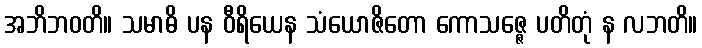
အဘိဘဝတိ။ သမာဓိ ပန ဝီရိယေန သံယောဇိတော ကောသဇ္ဇေ ပတိတုံ န လဘတိ။